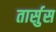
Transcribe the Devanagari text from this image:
तार्सुस